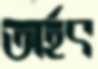
অর্হৎ